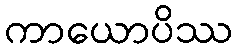
ကာယောပိဿ